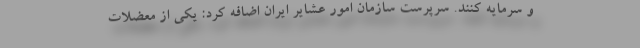
و سرمایه کنند. سرپرست سازمان امور عشایر ایران اضافه کرد: یکی از معضلات